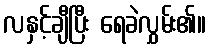
လနှင့်ချီပြီး ရေခဲလွှမ်း၏။